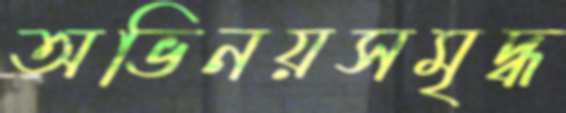
অভিনয়সমৃদ্ধ